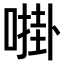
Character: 𫫔